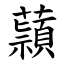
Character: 蘏